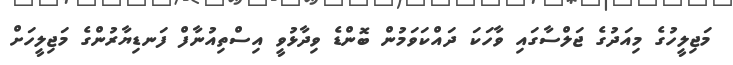
މަޖިލީހުގެ މިއަދުގެ ޖަލްސާގައި ވާހަކަ ދައްކަަވަމުން ބޮންޑެ ވިދާޅުވީ އިސްތިއުނާފް ފަނޑިޔާރުންގެ މަޖިލީހަށް